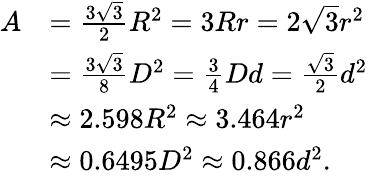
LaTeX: {\begin{array}{rl}{A}&{={\frac{3{\sqrt{3}}}{2}}R^{2}=3Rr=2{\sqrt{3}}r^{2}}\\ &{={\frac{3{\sqrt{3}}}{8}}D^{2}={\frac{3}{4}}Dd={\frac{\sqrt{3}}{2}}d^{2}}\\ &{\approx 2.598R^{2}\approx 3.464r^{2}}\\ &{\approx 0.6495D^{2}\approx 0.866d^{2}.}\end{array}}